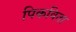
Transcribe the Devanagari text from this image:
पिकविता